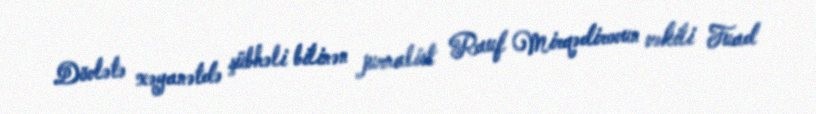
Dövlətə xəyanətdə şübhəli bilinən jurnalist Rauf Mirqədirovun vəkili Fuad